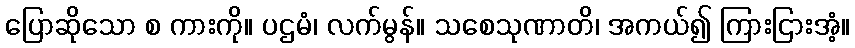
ပြောဆိုသော စ ကားကို။ ပဌမံ၊ လက်မွန်။ သစေသုဏာတိ၊ အကယ်၍ ကြားငြားအံ့။